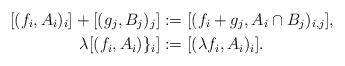
LaTeX: \begin{align*}[(f_i,A_i)_i]+[(g_j,B_j)_{j}]&:=[(f_i+g_j,A_i\cap B_j)_{i,j}],\\\lambda[(f_i,A_i)\}_i]&:=[(\lambda f_i,A_i)_i].\end{align*}